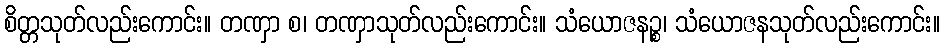
စိတ္တသုတ်လည်းကောင်း။ တဏှာ စ၊ တဏှာသုတ်လည်းကောင်း။ သံယောဇနဉ္စ၊ သံယောဇနသုတ်လည်းကောင်း။